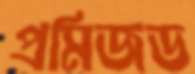
প্রমিজড